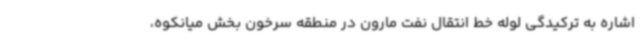
اشاره به ترکیدگی لوله خط انتقال نفت مارون در منطقه سرخون بخش میانکوه،